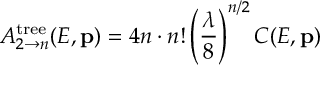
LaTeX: A _ { 2 \to n } ^ { \mathrm { t r e e } } ( E , { \bf p } ) = 4 n \cdot n ! \left( { \frac { \lambda } { 8 } } \right) ^ { n / 2 } C ( E , { \bf p } )